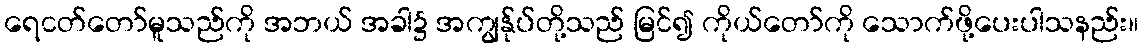
ရေငတ်တော်မူသည်ကို အဘယ် အခါ၌ အကျွန်ုပ်တို့သည် မြင်၍ ကိုယ်တော်ကို သောက်ဖို့ပေးပါသနည်း။